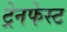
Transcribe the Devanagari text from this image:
ट्रेनफेस्ट